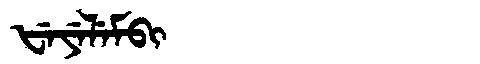
Manchu: ᡶᡝᠶᡝᠯᡝᠮᠪᡳ
Romanization: FEYELEMBI